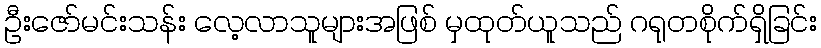
ဦးဇော်မင်းသန်း လေ့လာသူများအဖြစ် မှထုတ်ယူသည် ဂရုတစိုက်ရှိခြင်း